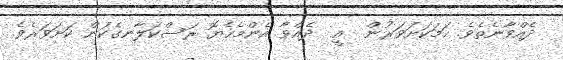
ދެއްވާނެތެވެ. ހަމަކަށަވަރުން  އީ  ދެއްވާ އެންމެހެޔޮ ރަސްކަލާނގެކަން ކަށަވަރެވެ.